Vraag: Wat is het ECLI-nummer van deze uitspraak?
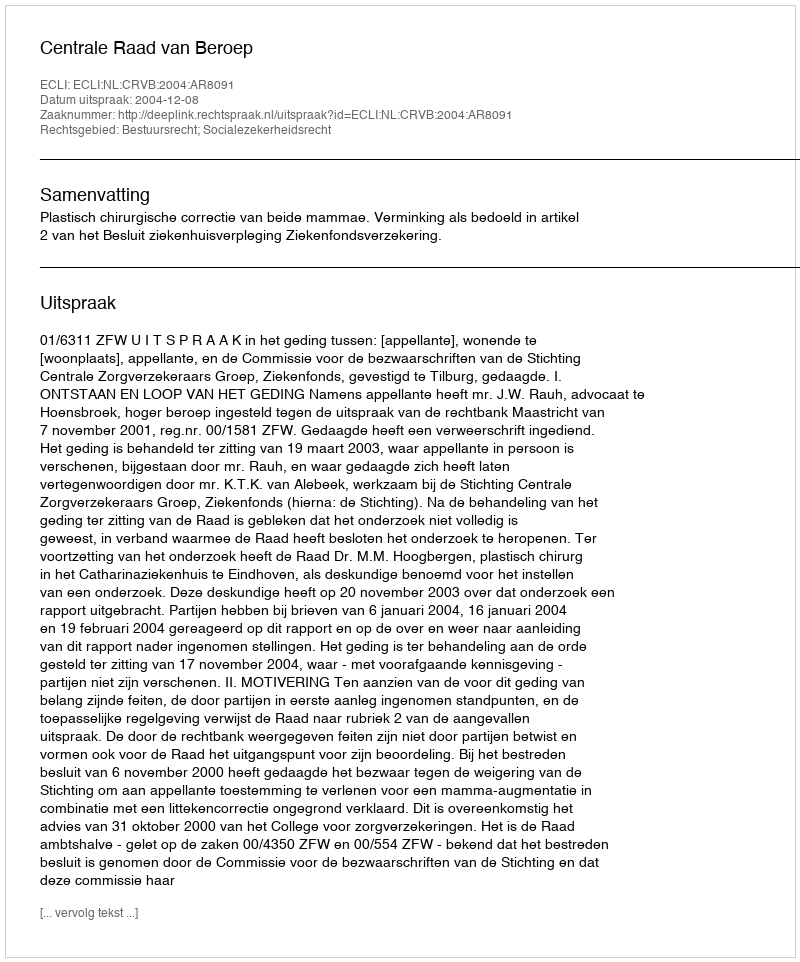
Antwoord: ECLI:NL:CRVB:2004:AR8091